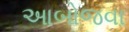
આબોજવા